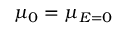
\mu _ { 0 } = \mu _ { E = 0 }